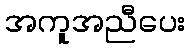
အကူအညီပေး